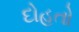
દોહતો